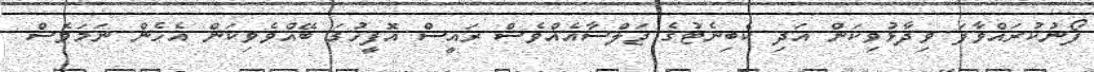
ފޯނުކުރައްވާފަ ވިދާޅުވިކަން އަދި ކެބިނެޓުގެ ޖަލްސާއެއްވެސް ރައީސް އޮފީހުގަ ބޭއްވެވިކަން އެހެން ނަމަވެސް